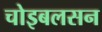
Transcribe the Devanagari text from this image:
चोइबलसन